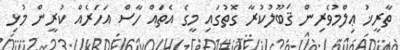
ތާރީޚު ޢިލްމުވެރިން ޤަބޫލުކުރާ ގޮތުގައި މީގެ އެތައް ހާސް އަހަރެއް ކުރީން މުޅި